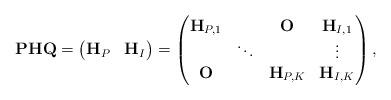
LaTeX: \begin{align*} \mathbf{P}\mathbf{H}\mathbf{Q} = \begin{pmatrix} \mathbf{H}_P & \mathbf{H}_I \end{pmatrix} = \begin{pmatrix} \mathbf{H}_{P,1} & & \mathbf{O} & \mathbf{H}_{I,1}\\ &\ddots & & \vdots \\ \mathbf{O} & & \mathbf{H}_{P,K} & \mathbf{H}_{I,K} \end{pmatrix}, \end{align*}